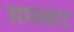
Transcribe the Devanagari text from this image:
समव्हाट